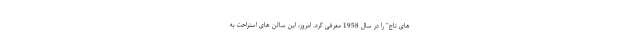
های تاج" را در سال 1958 معرفی کرد. امروز، این سالن های استراحت به